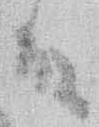
殿